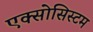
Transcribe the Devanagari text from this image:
एक्सोसिस्टम